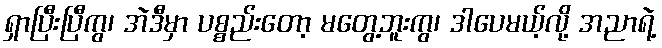
ရှာပြီးပြီကွ၊ အဲဒီမှာ ပစ္စည်းတော့ မတွေ့ဘူးကွ၊ ဒါပေမယ့်လို့ အညာရဲ့